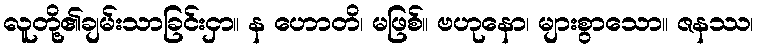
လူတို့၏ချမ်းသာခြင်းငှာ။ န ဟောတိ၊ မဖြစ်။ ဗဟုနော၊ များစွာသော။ ဇနဿ၊